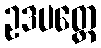
ဥဒပတ္တေ